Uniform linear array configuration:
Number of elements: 16
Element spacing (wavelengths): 1
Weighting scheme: exponential
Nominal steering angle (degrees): -15
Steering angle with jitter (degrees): -13.488
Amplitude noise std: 0.05
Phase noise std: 0.05

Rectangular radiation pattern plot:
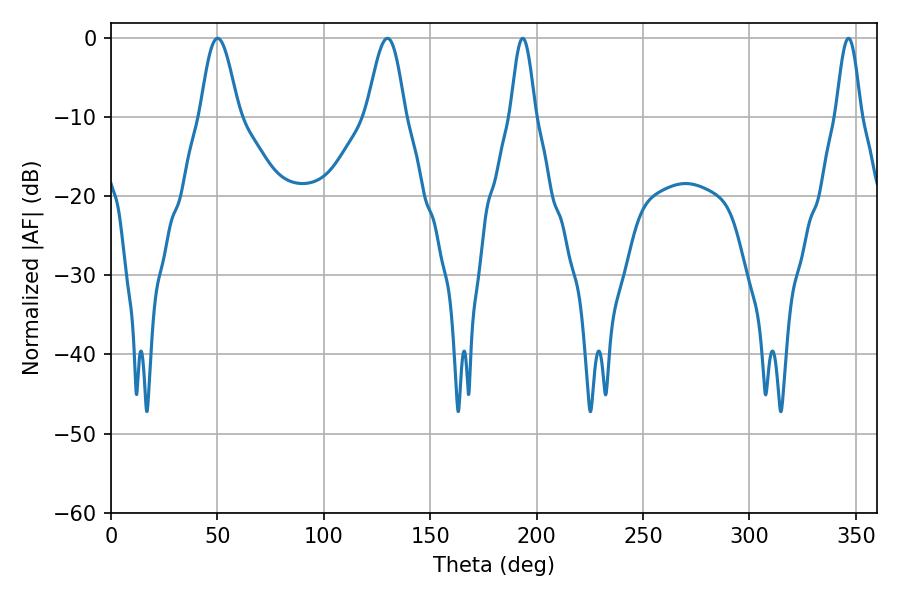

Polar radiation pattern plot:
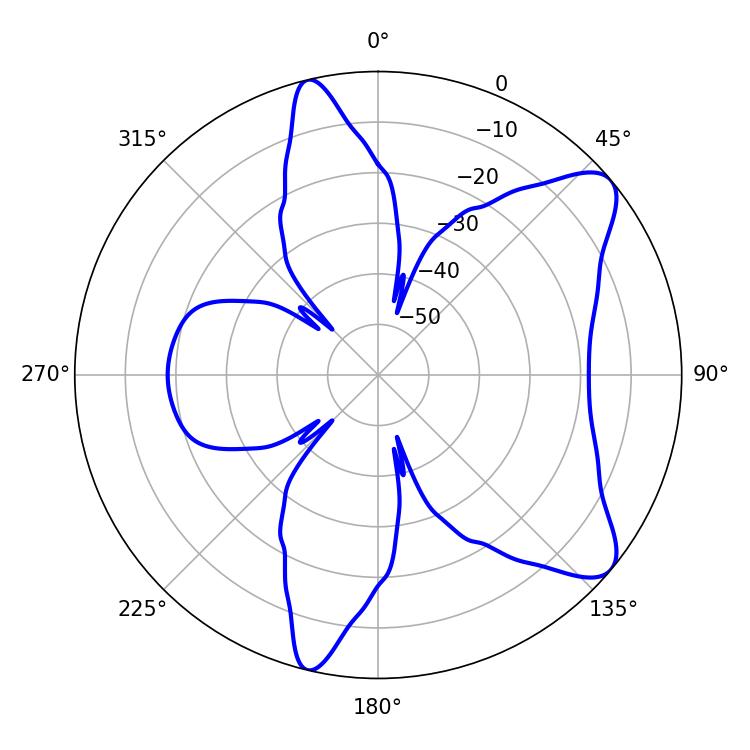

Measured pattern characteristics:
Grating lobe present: TRUE
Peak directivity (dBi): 8.949
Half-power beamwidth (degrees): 6.12
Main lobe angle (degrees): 193.5